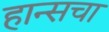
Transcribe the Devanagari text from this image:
हान्सचा